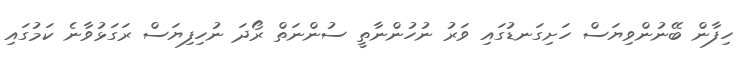
ހިފާން ބޭނުންވިޔަސް ހަށިގަނޑުގައި ވަރު ނުހުންނާތީ ސުންނަތް ރޯދަ ނުހިފިޔަސް ރަގަޅުވާނެ ކަމުގައި